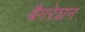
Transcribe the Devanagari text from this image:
बैगरेशन